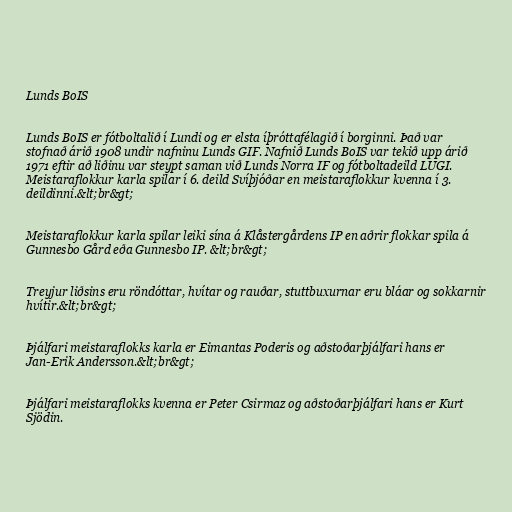
Lunds BoIS

Lunds BoIS er fótboltalið í Lundi og er elsta íþróttafélagið í borginni. Það var
stofnað árið 1908 undir nafninu Lunds GIF. Nafnið Lunds BoIS var tekið upp árið
1971 eftir að liðinu var steypt saman við Lunds Norra IF og fótboltadeild LUGI.
Meistaraflokkur karla spilar í 6. deild Svíþjóðar en meistaraflokkur kvenna í 3.
deildinni.&lt;br&gt;

Meistaraflokkur karla spilar leiki sína á Klåstergårdens IP en aðrir flokkar spila á
Gunnesbo Gård eða Gunnesbo IP. &lt;br&gt;

Treyjur liðsins eru röndóttar, hvítar og rauðar, stuttbuxurnar eru bláar og sokkarnir
hvítir.&lt;br&gt;

Þjálfari meistaraflokks karla er Eimantas Poderis og aðstoðarþjálfari hans er
Jan-Erik Andersson.&lt;br&gt;

Þjálfari meistaraflokks kvenna er Peter Csirmaz og aðstoðarþjálfari hans er Kurt
Sjödin.